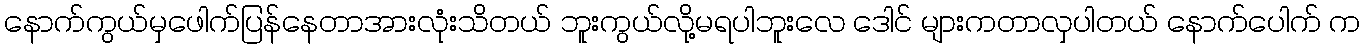
နောက်ကွယ်မှဖေါက်ပြန်နေတာအားလုံးသိတယ် ဘူးကွယ်လို့မရပါဘူးလေ ဒေါင် များကတာလှပါတယ် နောက်ပေါက် က